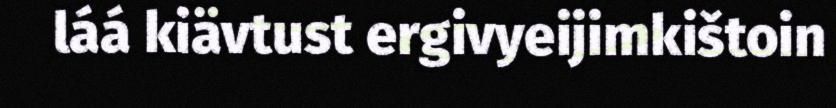
láá kiävtust ergivyeijimkištoin